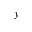
y